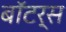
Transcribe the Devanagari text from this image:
बॉटर्स